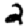
Digit: 2